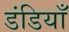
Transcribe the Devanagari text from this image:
डंडियाँ